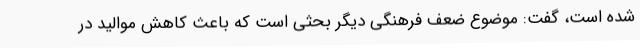
شده است، گفت: موضوع ضعف فرهنگی دیگر بحثی است که باعث کاهش موالید در